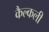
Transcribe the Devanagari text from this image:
कैल्कली